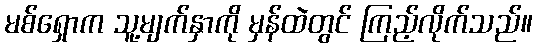
မစ်ရှောက သူ့မျက်နှာကို မှန်ထဲတွင် ကြည့်လိုက်သည်။